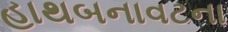
હાથબનાવટના